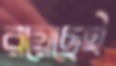
রয়েছেই